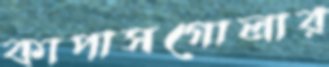
কাপাসগোলার